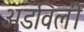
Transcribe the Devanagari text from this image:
अडविली